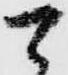
可